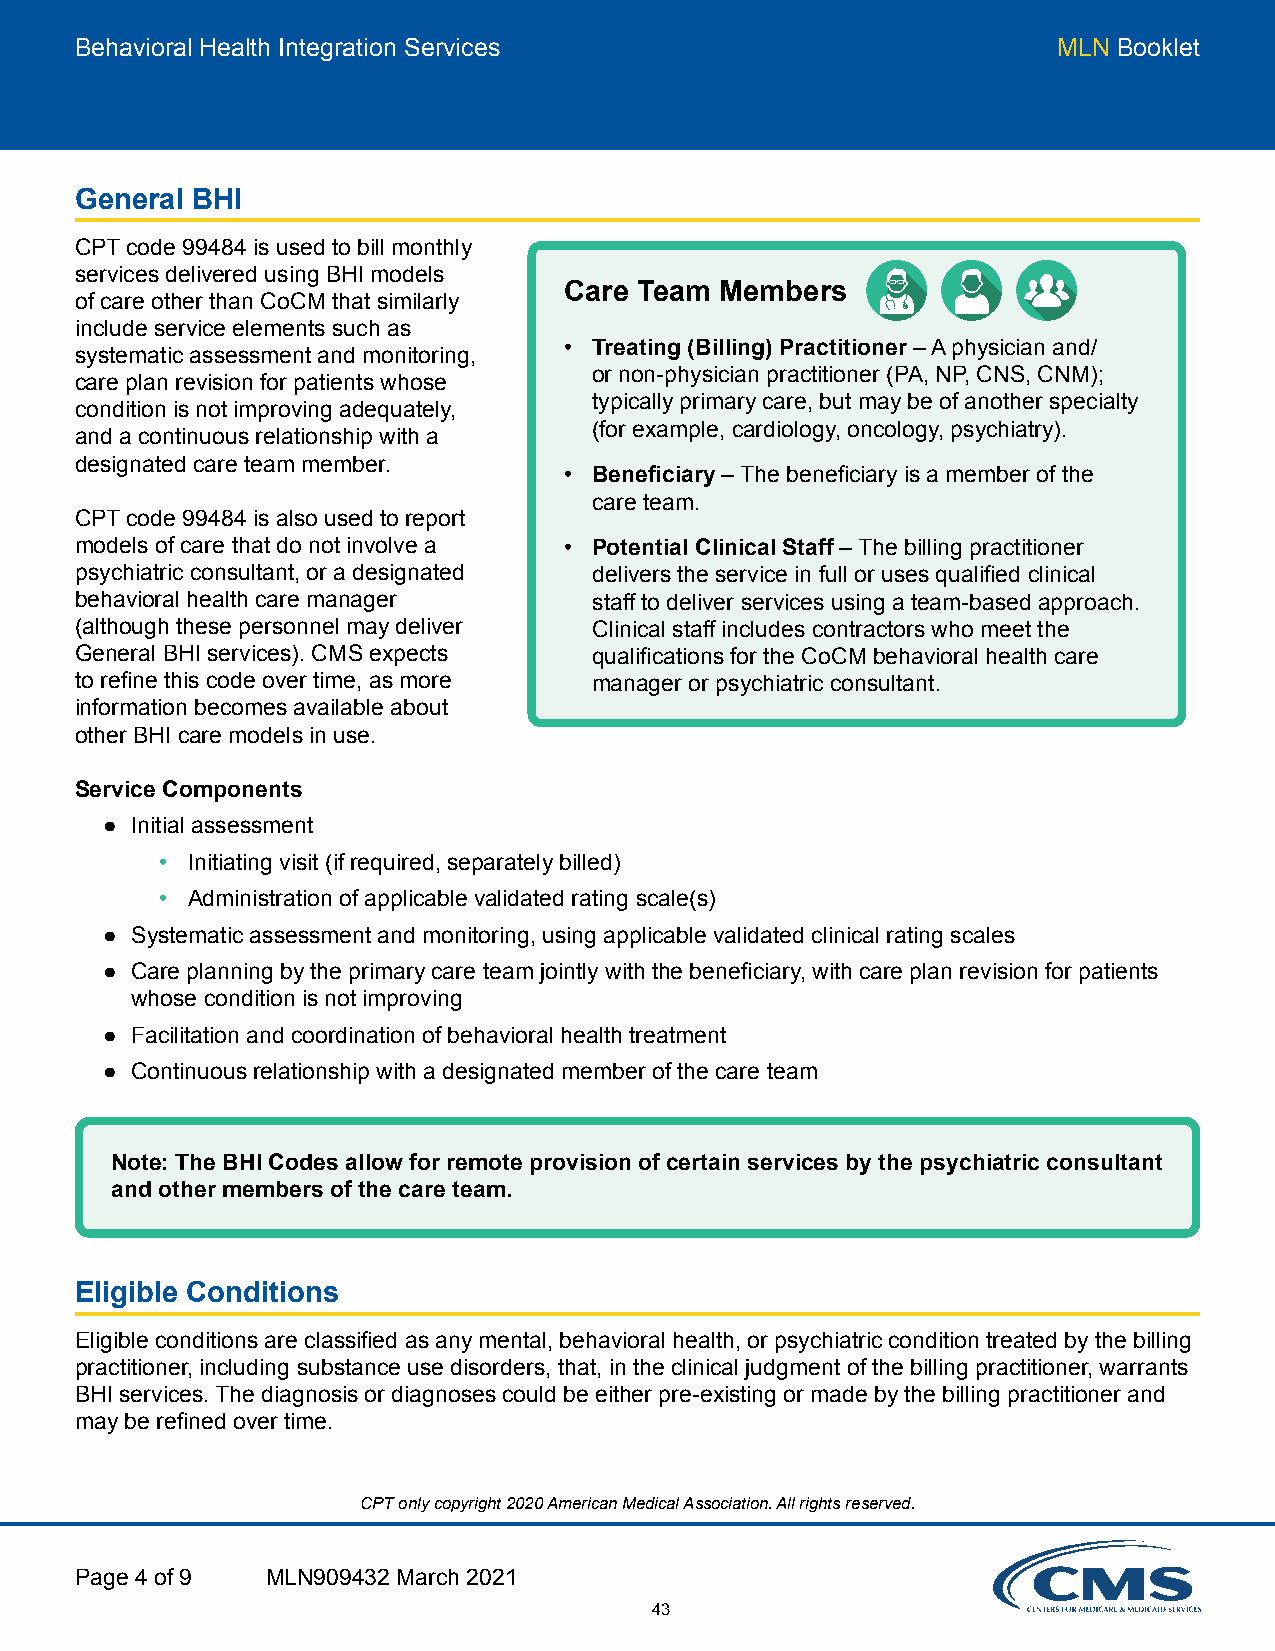
Behavioral Health Integration Services                           MLN Booklet
 General BHI
 CPT code 99484 is used to bill monthly
 services delivered using BHI models
 Care Team  Members
 of care other than CoCM that similarly
 include service elements such as
 • Treating (Billing) Practitioner – A physician and/
 systematic assessment and monitoring,
 or non-physician practitioner (PA, NP, CNS, CNM);
 care plan revision for patients whose
 typically primary care, but may be of another specialty
 condition is not improving adequately,
 (for example, cardiology, oncology, psychiatry).
 and a continuous relationship with a
 designated care team member.
 • Beneficiary – The beneficiary is a member of the
 care team.
 CPT code 99484 is also used to report
 models of care that do not involve a • Potential Clinical Staff – The billing practitioner
 psychiatric consultant, or a designated delivers the service in full or uses qualified clinical
 behavioral health care manager    staff to deliver services using a team-based approach.
 (although these personnel may deliver Clinical staff includes contractors who meet the
 General BHI services). CMS expects qualifications for the CoCM behavioral health care
 to refine this code over time, as more manager or psychiatric consultant.
 information becomes available about
 other BHI care models in use.
 Service Components
 ● Initial assessment
 • Initiating visit (if required, separately billed)
 • Administration of applicable validated rating scale(s)
 ● Systematic assessment and monitoring, using applicable validated clinical rating scales
 ● Care planning by the primary care team jointly with the beneficiary, with care plan revision for patients
 whose condition is not improving
 ● Facilitation and coordination of behavioral health treatment
 ● Continuous relationship with a designated member of the care team
 Note: The BHI Codes allow for remote provision of certain services by the psychiatric consultant
 and other members of the care team.
 Eligible Conditions
 Eligible conditions are classified as any mental, behavioral health, or psychiatric condition treated by the billing
 practitioner, including substance use disorders, that, in the clinical judgment of the billing practitioner, warrants
 BHI services. The diagnosis or diagnoses could be either pre-existing or made by the billing practitioner and
 may be refined over time.
 CPT only copyright 2020 American Medical Association. All rights reserved.
 Page 4 of 9  MLN909432 March 2021
 43